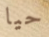
حيا